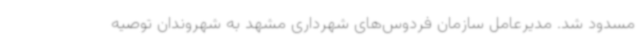
مسدود شد. مدیرعامل سازمان فردوس‌های شهرداری مشهد به شهروندان توصیه